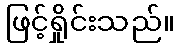
ဖြင့်ရှိုင်းသည်။